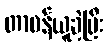
တာဝန်ယူခဲ့ပြီး